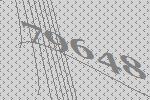
79648